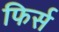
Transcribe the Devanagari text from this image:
फिर्स